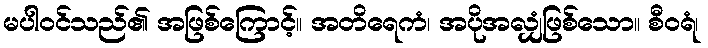
မပါဝင်သည်၏ အဖြစ်ကြောင့်။ အတိရေကံ၊ အပိုအလျှံဖြစ်သော။ စီဝရံ၊